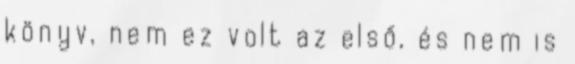
könyv, nem ez volt az első, és nem is